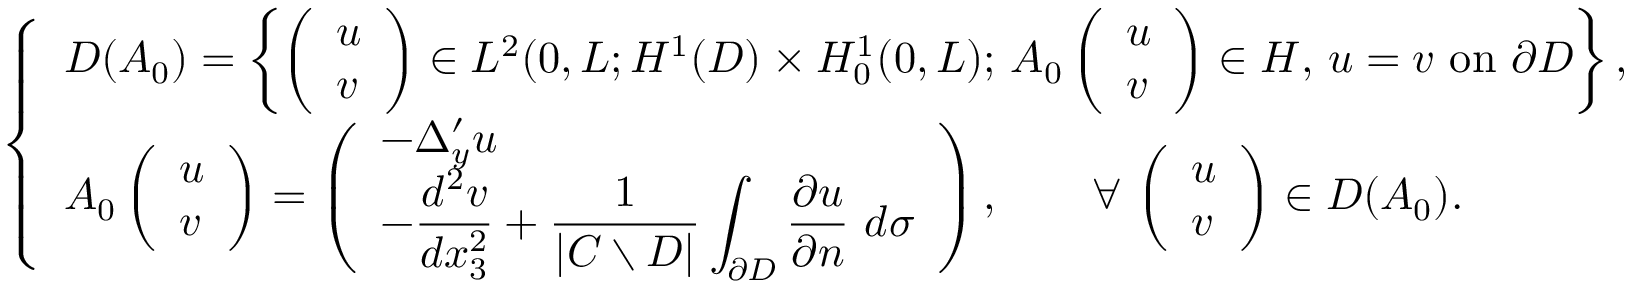
\left\{ \begin{array} { l l } { \displaystyle D ( A _ { 0 } ) = \left\{ \left( \begin{array} { l } { u } \\ { v } \end{array} \right) \in L ^ { 2 } ( 0 , L ; H ^ { 1 } ( D ) \times H _ { 0 } ^ { 1 } ( 0 , L ) ; \, A _ { 0 } \left( \begin{array} { l } { u } \\ { v } \end{array} \right) \in H , \, u = v \, \, \mathrm { o n } \, \, \partial D \right\} , } \\ { A _ { 0 } \left( \begin{array} { l } { u } \\ { v } \end{array} \right) = \displaystyle \left( \begin{array} { l } { - \Delta _ { y } ^ { \prime } u } \\ { - \displaystyle \frac { d ^ { 2 } v } { d x _ { 3 } ^ { 2 } } + \frac { 1 } { \vert C \setminus D \vert } \displaystyle \int _ { \partial D } \frac { \partial u } { \partial n } \ d \sigma } \end{array} \right) , \qquad \forall \, \left( \begin{array} { l } { u } \\ { v } \end{array} \right) \in D ( A _ { 0 } ) . } \end{array} \right.